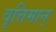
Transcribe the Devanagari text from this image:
वृत्तिमान्‌